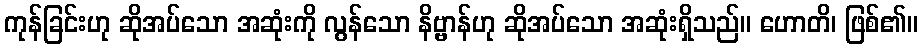
ကုန်ခြင်းဟု ဆိုအပ်သော အဆုံးကို လွန်သော နိဗ္ဗာန်ဟု ဆိုအပ်သော အဆုံးရှိသည်။ ဟောတိ၊ ဖြစ်၏။